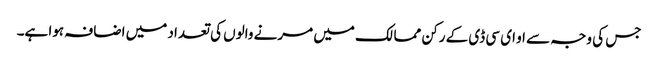
جس کی وجہ سے او ای سی ڈی کے رکن ممالک میں مرنے والوں کی تعداد میں اضافہ ہوا ہے۔